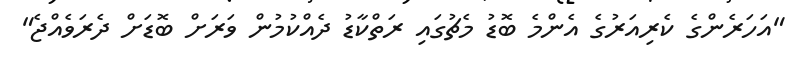
"އަހަރެންގެ ކެރިއަރުގެ އެންމެ ބޮޑު މެޗުގައި ރަތްކާޑު ދެއްކުމުން ވަރަށް ބޮޑަށް ދެރަވެއްޖެ"